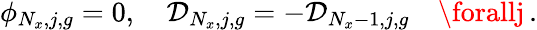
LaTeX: \phi_{N_{x},j,g}=0,\quad\mathcal{D}_{N_{x},j,g}=-\mathcal{D}_{N_{x}-1,j,g}\quad\forallj\, .